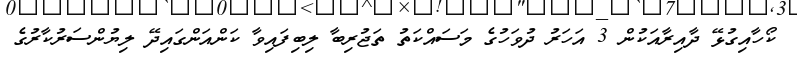
ކޯހާއިގުޅޭ ދާއިރާއަކުން 3 އަހަރު ދުވަހުގެ މަސައްކަތު ތަޖުރިބާ ލިބިފައިވާ ކަންއަންގައިދޭ ލިޔުންސަރުކާރުގެ